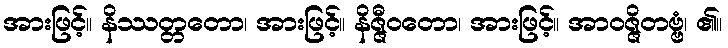
အားဖြင့်။ နိဿတ္တတော၊ အားဖြင့်။ နိဇ္ဇီဝတော၊ အားဖြင့်။ အာဝဇ္ဇိတဗ္ဗံ၊ ၏။